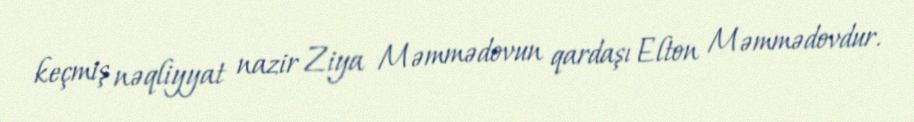
keçmiş nəqliyyat nazir Ziya Məmmədovun qardaşı Elton Məmmədovdur.